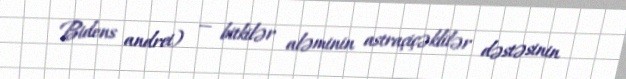
Bidens andrei) — bitkilər aləminin astraçiçəklilər dəstəsinin